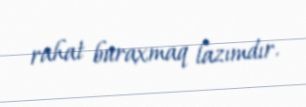
rahat buraxmaq lazımdır.